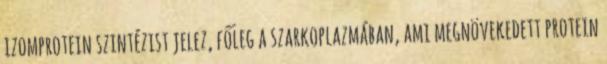
izomprotein szintézist jelez, főleg a szarkoplazmában, ami megnövekedett protein